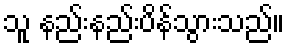
သူ နည်းနည်းပိန်သွားသည်။